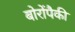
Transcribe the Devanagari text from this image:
बोरोंपैकी